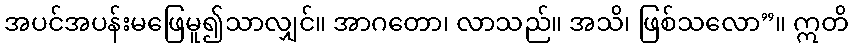
အပင်အပန်းမဖြေမူ၍သာလျှင်။ အာဂတော၊ လာသည်။ အသိ၊ ဖြစ်သလော”။ ဣတိ